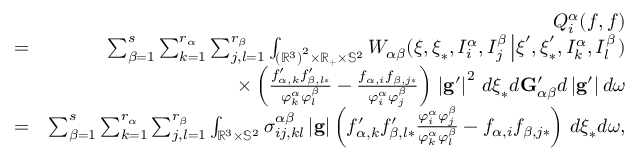
\begin{array} { r l r } & { } & { Q _ { i } ^ { \alpha } ( f , f ) } \\ & { = } & { \sum _ { \beta = 1 } ^ { s } \sum _ { k = 1 } ^ { r _ { \alpha } } \sum _ { j , l = 1 } ^ { r _ { \beta } } \int _ { \left( \mathbb { R } ^ { 3 } \right) ^ { 2 } \times \mathbb { R } _ { + } \mathbb { \times S } ^ { 2 } } W _ { \alpha \beta } ( \boldsymbol { \xi } , \boldsymbol { \xi } _ { \ast } , I _ { i } ^ { \alpha } , I _ { j } ^ { \beta } \left\vert \boldsymbol { \xi } ^ { \prime } , \boldsymbol { \xi } _ { \ast } ^ { \prime } , I _ { k } ^ { \alpha } , I _ { l } ^ { \beta } \right. ) } \\ & { } & { \times \left( \frac { f _ { \alpha , k } ^ { \prime } f _ { \beta , l \ast } ^ { \prime } } { \varphi _ { k } ^ { \alpha } \varphi _ { l } ^ { \beta } } - \frac { f _ { \alpha , i } f _ { \beta , j \ast } } { \varphi _ { i } ^ { \alpha } \varphi _ { j } ^ { \beta } } \right) \, \left\vert \mathbf { g } ^ { \prime } \right\vert ^ { 2 } \, d \boldsymbol { \xi } _ { \ast } d \mathbf { G } _ { \alpha \beta } ^ { \prime } d \left\vert \mathbf { g } ^ { \prime } \right\vert d \boldsymbol { \omega } } \\ & { = } & { \sum _ { \beta = 1 } ^ { s } \sum _ { k = 1 } ^ { r _ { \alpha } } \sum _ { j , l = 1 } ^ { r _ { \beta } } \int _ { \mathbb { R } ^ { 3 } \mathbb { \times S } ^ { 2 } } \sigma _ { i j , k l } ^ { \alpha \beta } \left\vert \mathbf { g } \right\vert \left( f _ { \alpha , k } ^ { \prime } f _ { \beta , l \ast } ^ { \prime } \frac { \varphi _ { i } ^ { \alpha } \varphi _ { j } ^ { \beta } } { \varphi _ { k } ^ { \alpha } \varphi _ { l } ^ { \beta } } - f _ { \alpha , i } f _ { \beta , j \ast } \right) \, d \boldsymbol { \xi } _ { \ast } d \boldsymbol { \omega , } } \end{array}